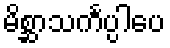
မိစ္ဆာသင်္ကပ္ပါပေ